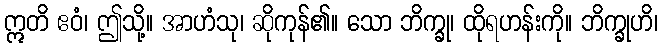
ဣတိ ဧဝံ၊ ဤသို့။ အာဟံသု၊ ဆိုကုန်၏။ သော ဘိက္ခု၊ ထိုရဟန်းကို။ ဘိက္ခုဟိ၊